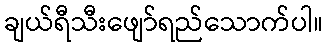
ချယ်ရီသီးဖျော်ရည်သောက်ပါ။